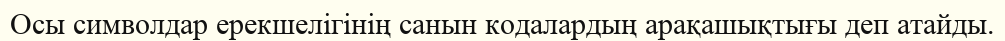
Осы символдар ерекшелігінің санын кодалардың арақашықтығы деп атайды.